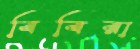
বিবিরা